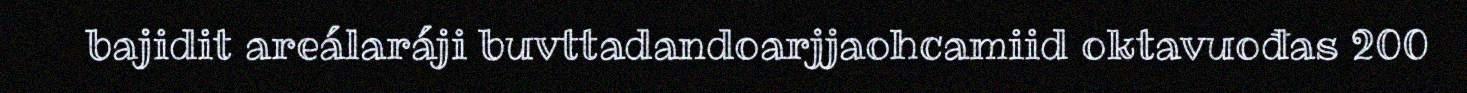
bajidit areálaráji buvttadandoarjjaohcamiid oktavuođas 200